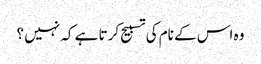
وہ اس کے نام کی تسبیح کرتا ہے کہ نہیں ؟